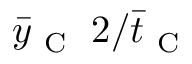
\bar { y } _ { \mathrm { ~ C ~ } } \; 2 / \bar { t } _ { \mathrm { ~ C ~ } }